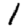
Digit: 1